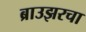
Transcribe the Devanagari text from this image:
ब्राउझरचा